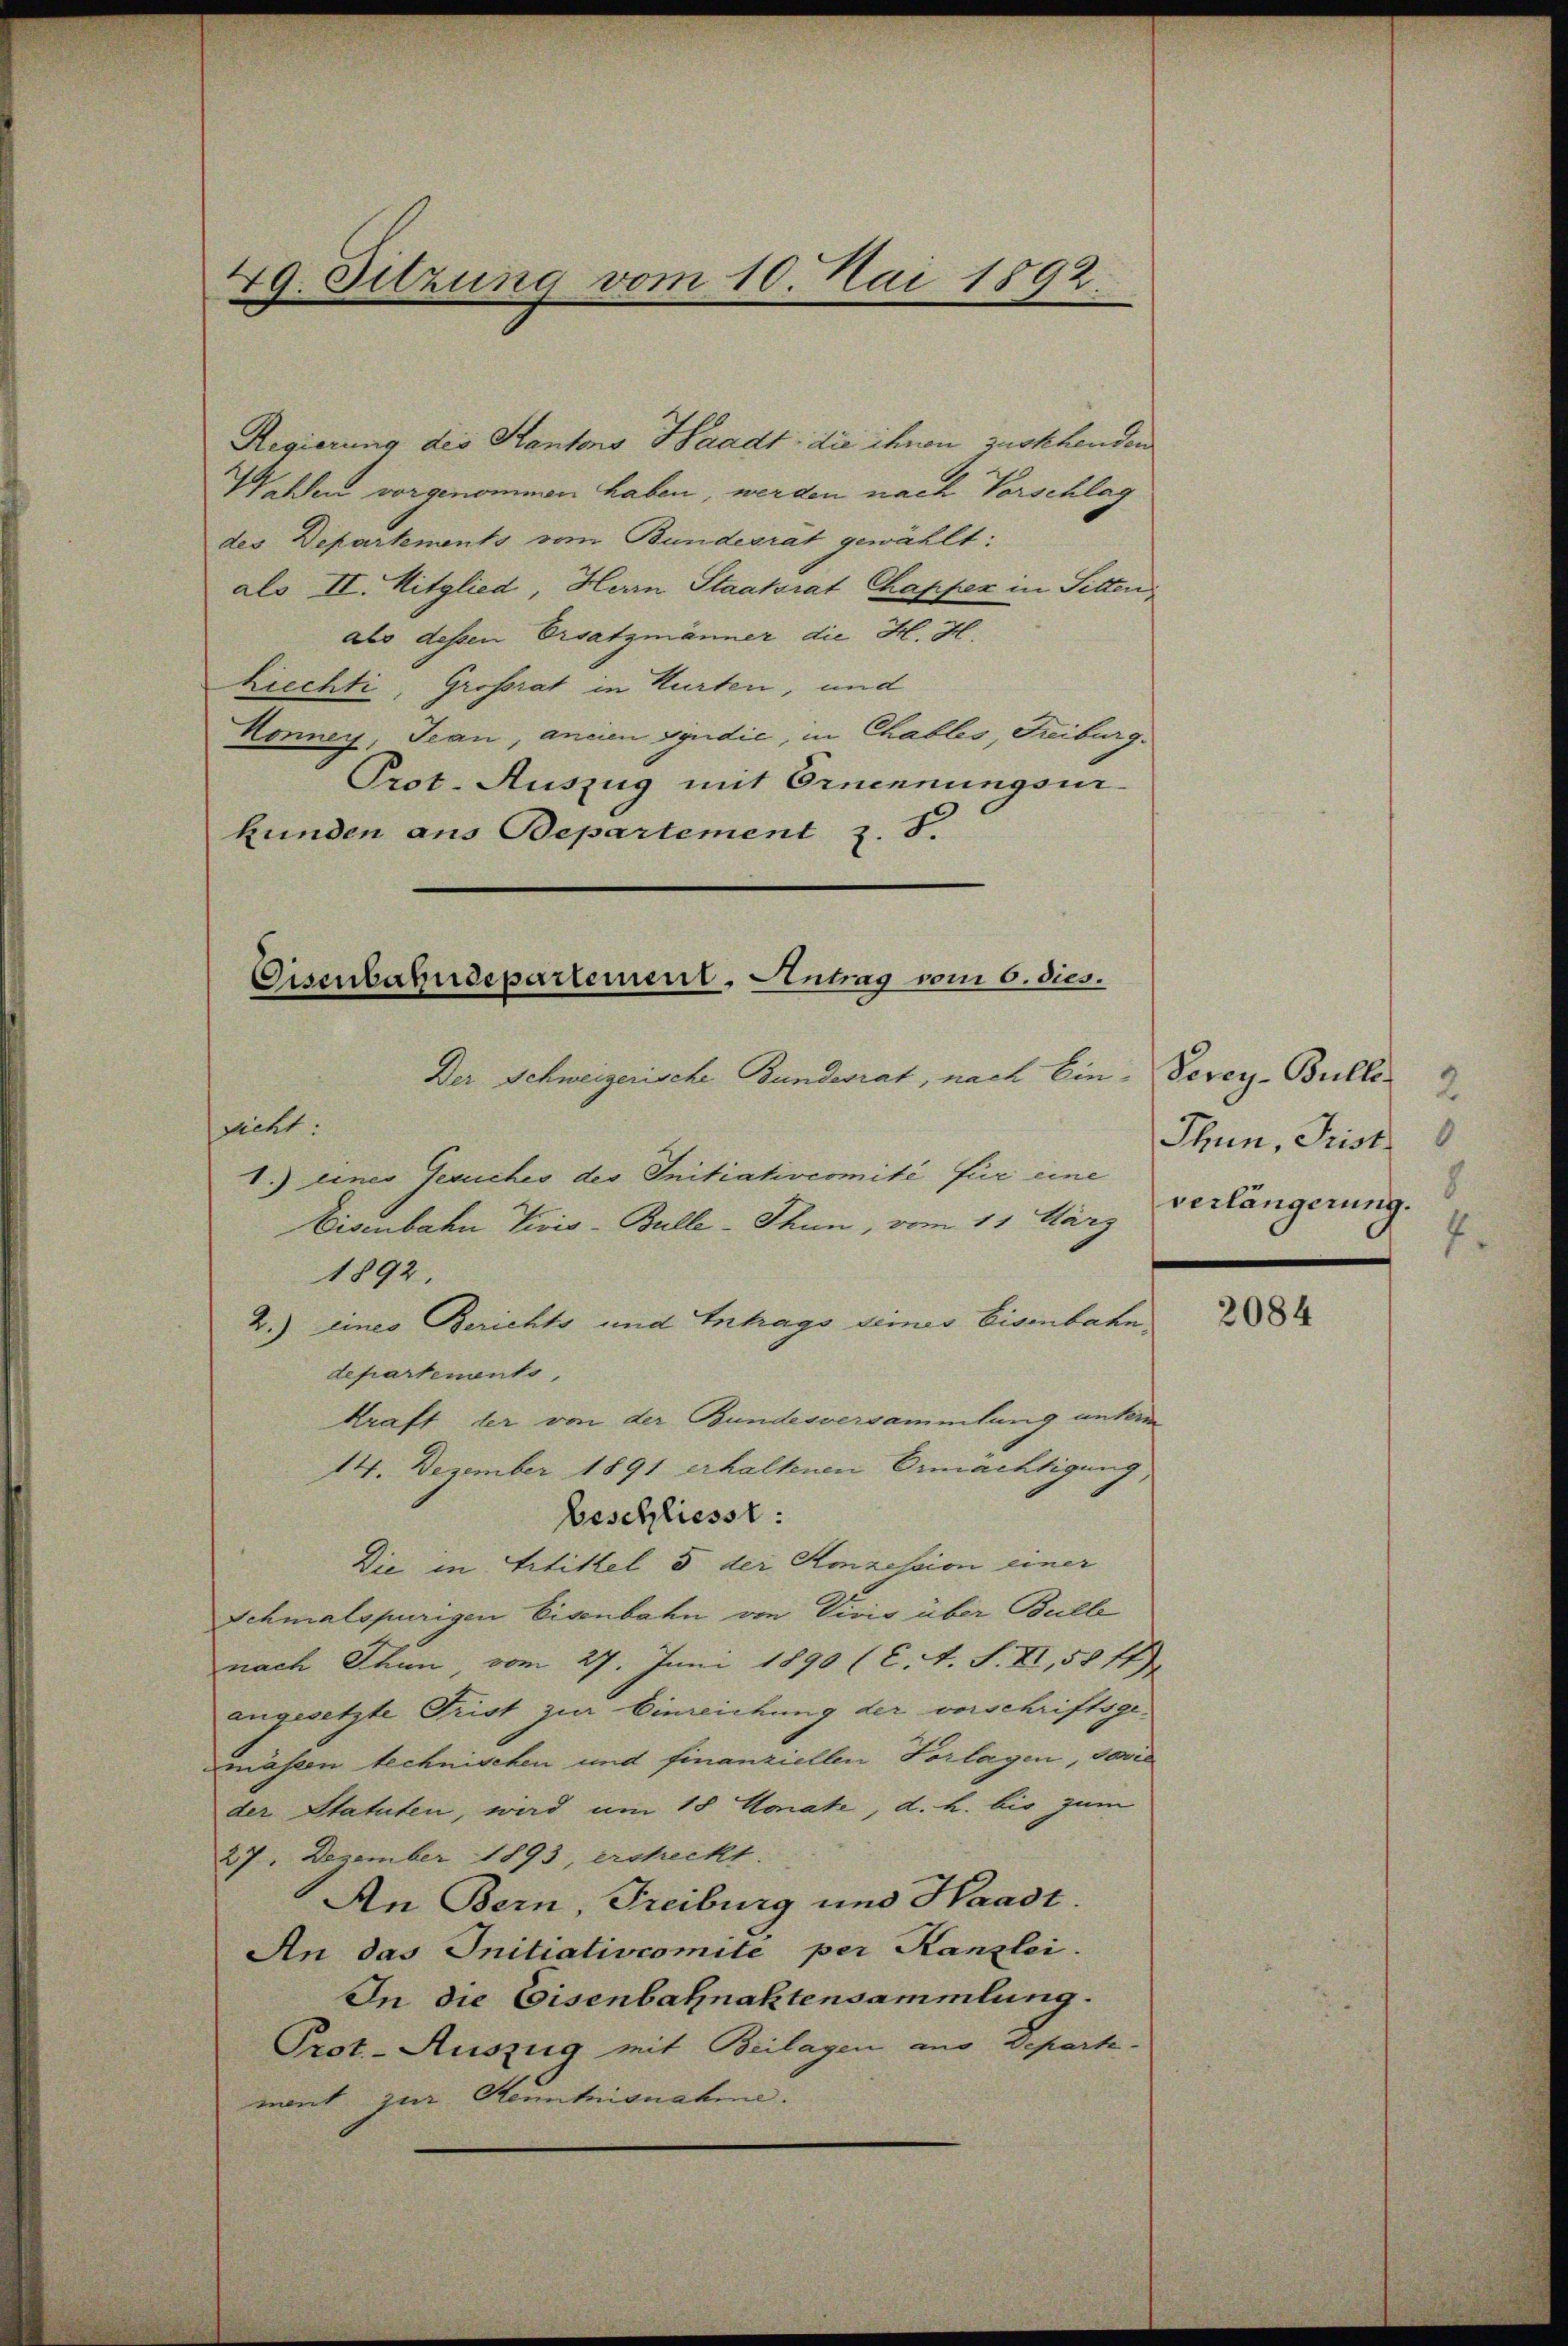
49. Sitzung vom 10. Mai 1892.

Regierung des Kantons Waadt, die ihnen zustehenden
1ten vorgenommen haben, werden nach Vorschlag
des Departements vom Bundesrat gewählt:
als II. Mitglied, Herrn Staatsrat Chapper in Sitten,
als dessen Ersatzmänner die H. H.
hiechti, Grossrat in Hurten, und
Honney, Jean, ancien syndić, in Chables Freiburg.
Prot. Auszug mit Ernennungsurkunden aus Bepartement z. T.

Disenbahndepartement. Antrag vom 6. dies.

Der Schweizerische Bundesrat, nach Ein- Vevey-Bullés
sicht.
Eisenbahn Vivis-Bulle - Thun, vom 11 März
1892.
2.) eines Berichts und Intrags seines Eisenbahn
departements,
kraft der von der Bundesversammlung unterm
14. Dezember 1891 erhaltenen Ermächtigung,
beschliesst:
Die in Artikel 5 der Konzession einer
Schmalspurigen Eisenbahn von Vivis über Bulle
nach Thun vom 27. Juni 1890 (C. A. S. XI, 58 77)
angesetzte Trist zur Einreichung der verschriftsge-
mästen technischen und finanziellen Vorlagen, sovie
der Statuten, wird am 18 Monate, d. h. bis zum
27. Dezember 1893, erscheckt.
An Bern, Freiburg und Waadt.
An das Initiativcomite per Kanzlei.
In die Eisenbahnaktensammlung.
Prot.- Auszug mit Beilagen aus Departe-
mont zur Kenntnisnahme.

1.) eines Gesuches des Initiativcomité für eine

Thun, Frist.
8
verlängerung.
4

2084